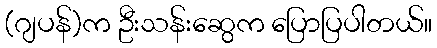
(ဂျပန်)က ဦးသန်းဆွေက ပြောပြပါတယ်။